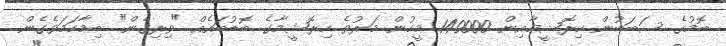
ބޮމުގެ ސަބަބުން ހިރޮޝީމާއިން 140000 މީހުން މަރުވެ ހިރޮޝީމާގެ ބޮޑުބައެއް "ވިރިގެން" ބިމާހަމަވެގެން